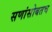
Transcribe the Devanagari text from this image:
सणांसोबतच